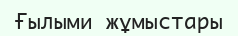
Ғылыми жұмыстары